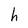
Character: h